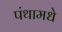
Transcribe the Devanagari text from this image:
पंथामधे